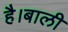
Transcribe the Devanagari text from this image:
है।बाली